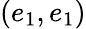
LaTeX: (e_{1},e_{1})